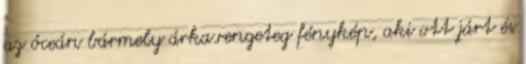
az óceán bármely árka.rengeteg fénykép, aki ott járt és